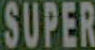
SUPER